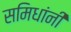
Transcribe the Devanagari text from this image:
समिधांनीं